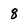
Character: 8